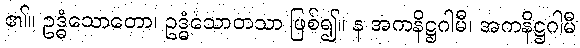
၏။ ဥဒ္ဓံသောတော၊ ဥဒ္ဓံသောတသာ ဖြစ်၍။ န အကနိဋ္ဌဂါမီ၊ အကနိဋ္ဌဂါမီ